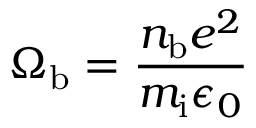
\Omega _ { \mathrm { b } } = \frac { n _ { \mathrm { b } } e ^ { 2 } } { m _ { \mathrm { i } } \epsilon _ { 0 } }